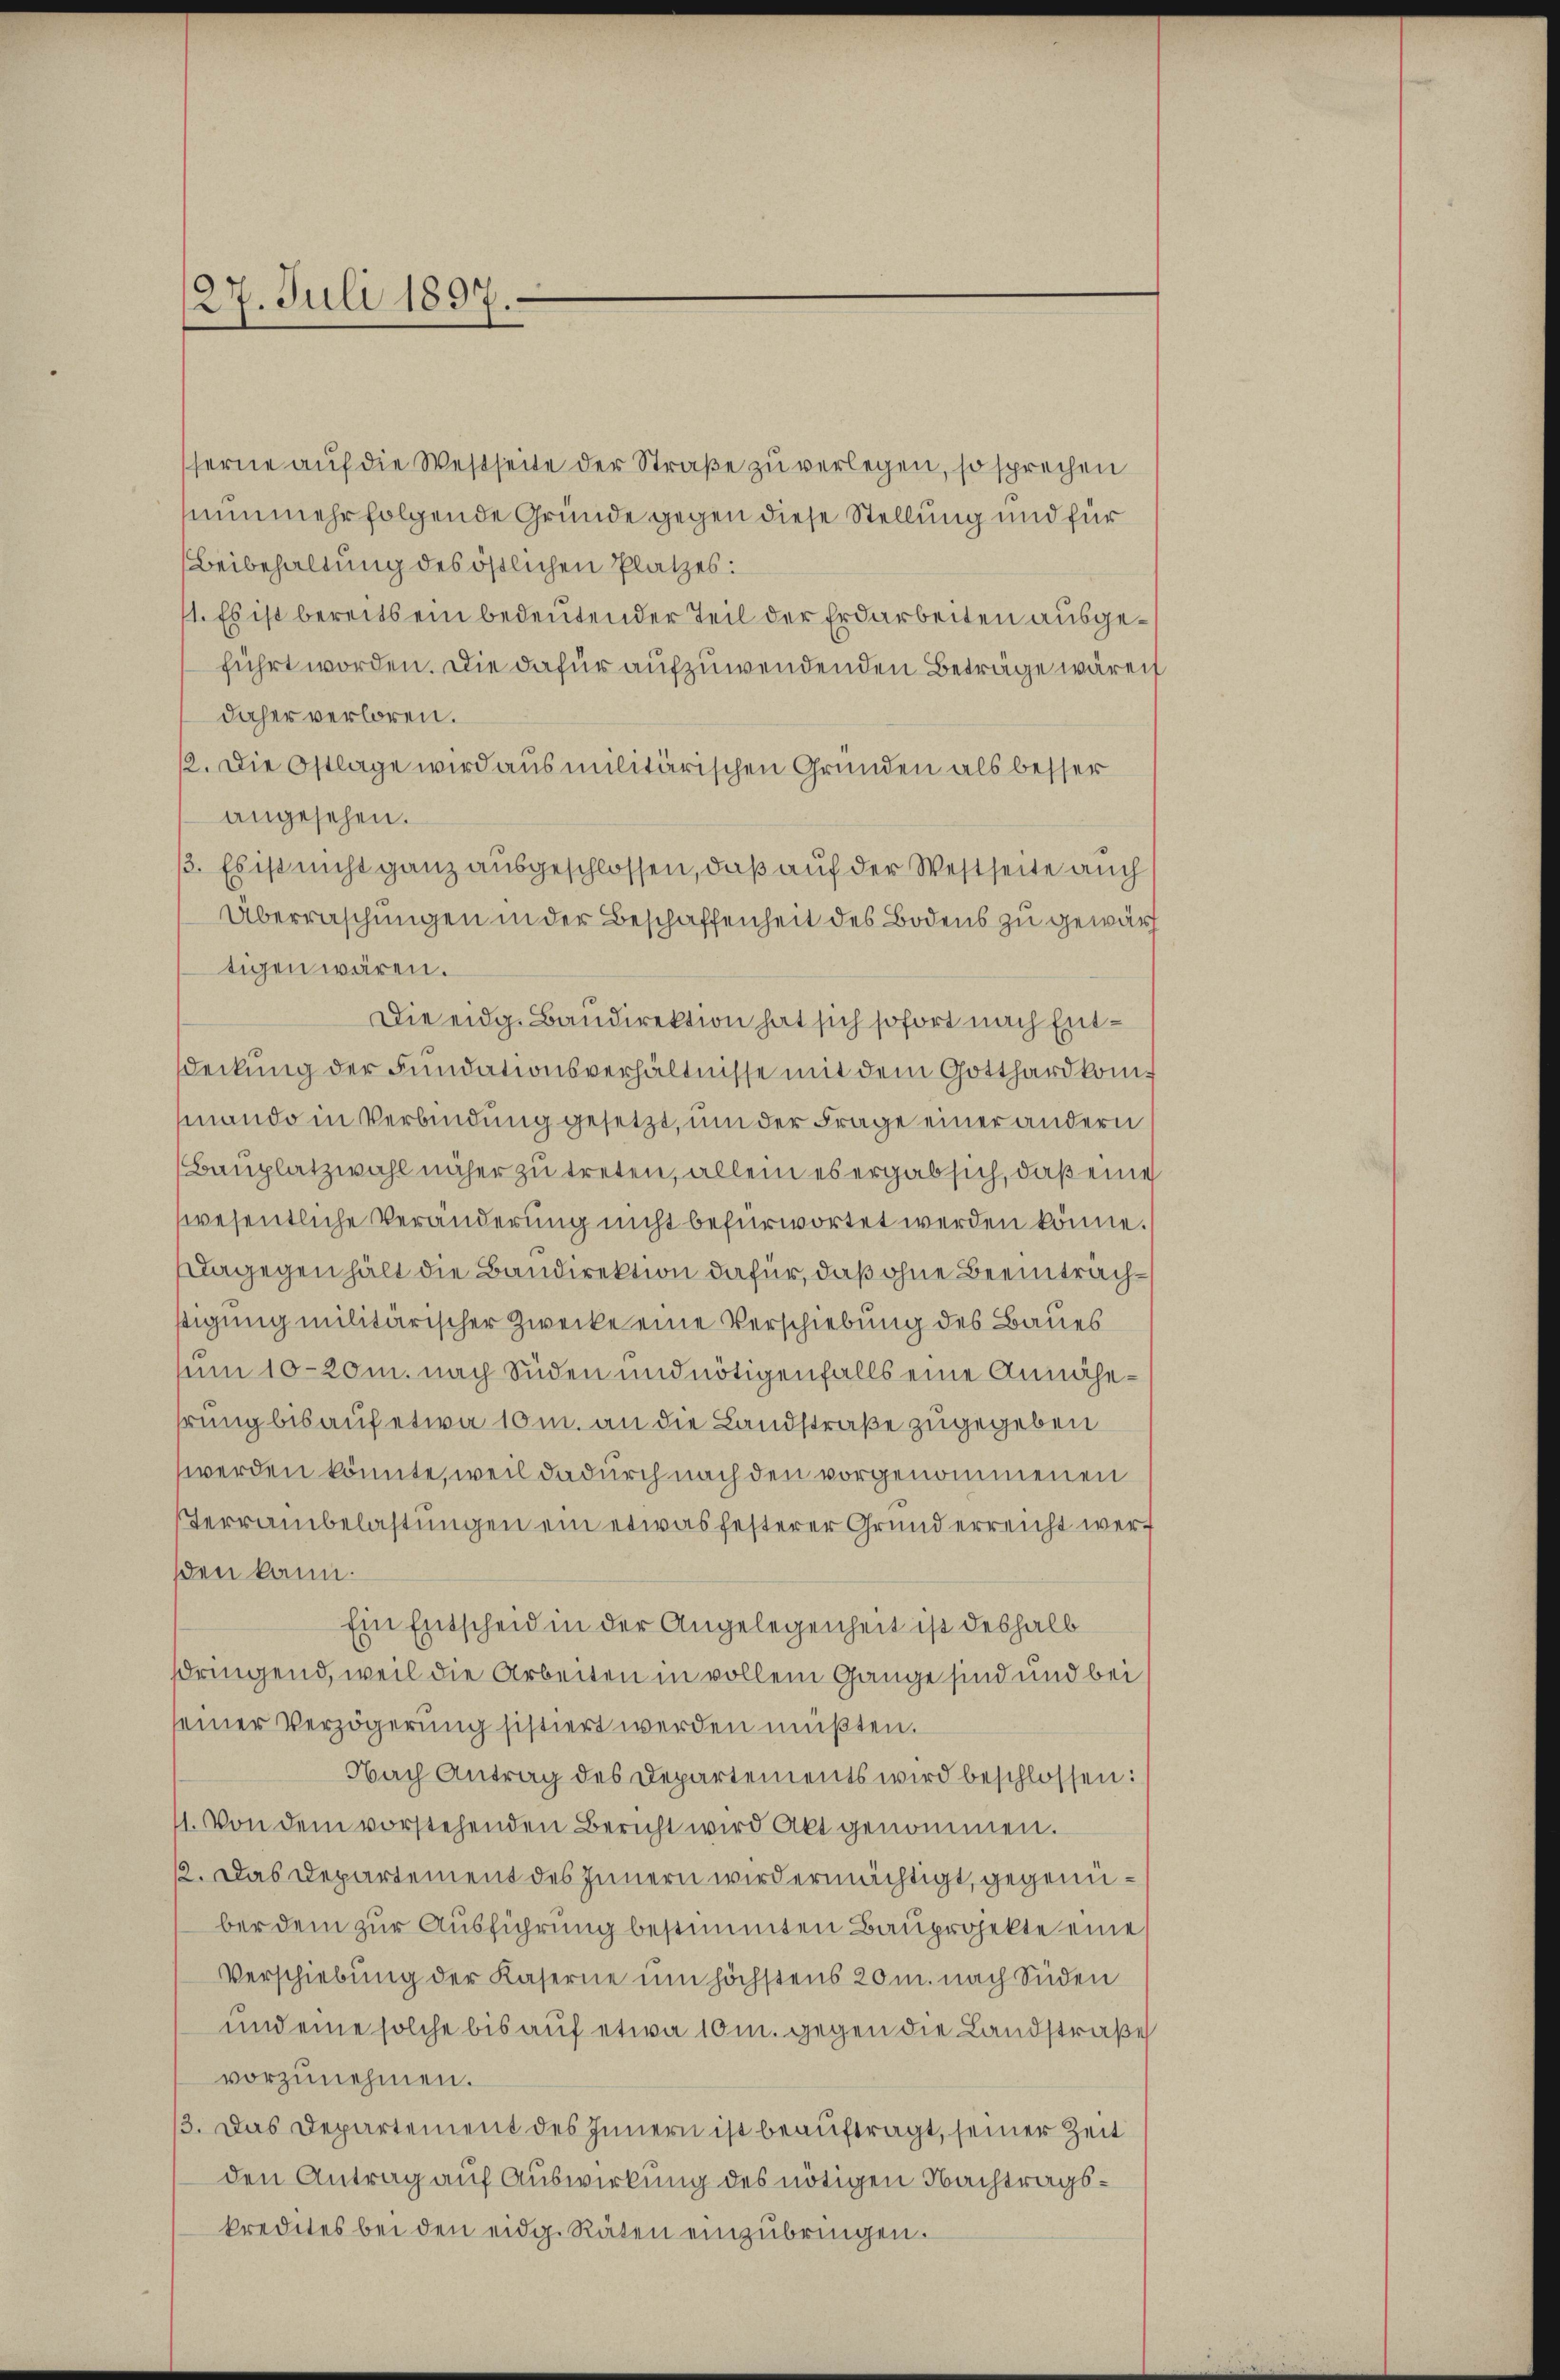
27. Juli 1897

ferne auf die Westseite der Straße zu verlegen, so sprechen
nunmehr folgende Gründe gegen diese Stellung und für
Beibehaltung des östlichen Platzes:
1. Es ist bereits ein bedeutender Teil der Erdarbeiten ausgeführt worden. Die dafür aufzuwendenden Beträge wären
daher verloren.
12. Die Ostlage wird aus militärischen Gründen als besser
angesehen.
3. Es ist nicht ganz ausgeschlossen, daß auf der Westseite auch
Überraschungen in der Beschaffenheit des Bodens zu gewärt
tigen wären.
Die eidg. Baudirektion hat sich sofort nach Entdeckung der Fundationsverhältnisse mit dem Gotthardkommando in Verbindung gesetzt, um der Frage einer andern
Bauplatzwahl näher zu treten, allein es ergab sich, daß eine
wesentliche Veränderung nicht befürwortet werden könne.
Dagegen hält die Bandirektion dafür, daß ohne Beeinträchstigung militärischer Zwecke eine Verschiebung des Baues
um 10-20m. nach Süden und nötigenfalls eine Annähehrung bis auf etwa 10 m. an die Landstraße zugegeben
werden könnte, weil dadurch nach den vorgenommenen
Terraibelastungen ein etwas festerer Grund erreicht wersden kann.
Ein Entscheid in der Angelegenheit ist deshalb
dringend, weil die Arbeiten in vollem Gange sind und bei
seiner Verzögerung sistiert werden müßten.
Nach Antrag des Departements wird beschlossen:
1. Von dem vorstehenden Bericht wird Akt genommen.
2. Das Departement des Innern wird ermächtigt, gegenüber dem zur Ausführung bestimmten Bauprojekte eine
Verschiebung der Kaserne um höchstens 20 m. nach Süden
und eine solche bis auf etwa 10 m. gegen die Landstraße
vorzunehmen.
3. Das Departement des Innern ist beauftragt, seiner Zeit
den Antrag auf Auswirkung des nötigen Nachtragskredites bei den eidg. Räten einzubringen.